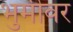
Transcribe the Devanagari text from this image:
भुमीवर